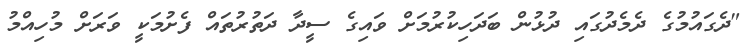
"ދެގައުމުގެ ދެމެދުގައި ދުޅުން ބަދަހިކުރުމަށް ވައިގެ ސީދާ ދަތުރުތައް ފެށުމަކީ ވަރަށް މުހިއްމު